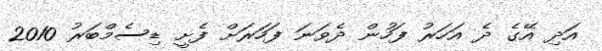
އަދި އޭގެ ދެ އަހަރު ފަހުން ދެވަނަ ފަހަރަށް ފެށީ ޑިސެމްބަރު 2010